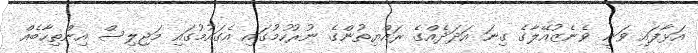
އަޅާފައި ވަނީ ވެނެޒުއޭލާގެ ގިނަ އަދަދެއްގެ ރައްޔިތުންގެ ނުރުހުމުގައި އެގައުމުގައި މަޖިލިސް އިންތިހާބެއް